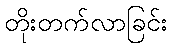
တိုးတက်လာခြင်း